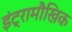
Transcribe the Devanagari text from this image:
इंट्रामौखिक